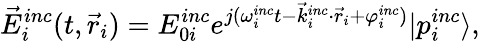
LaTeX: \vec{E}_{i}^{inc}(t,\vec{r}_{i})=E_{0i}^{inc}e^{j(\omega_{i}^{inc}t-\vec{k}_{i}^{inc}\cdot\vec{r}_{i}+\varphi_{i}^{inc})}|p_{i}^{inc}\rangle,